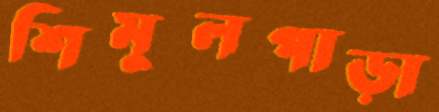
শিমুলপাড়া